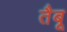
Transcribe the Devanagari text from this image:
तैबू